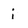
Character: i